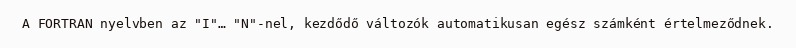
A FORTRAN nyelvben az "I"… "N"-nel, kezdődő változók automatikusan egész számként értelmeződnek.